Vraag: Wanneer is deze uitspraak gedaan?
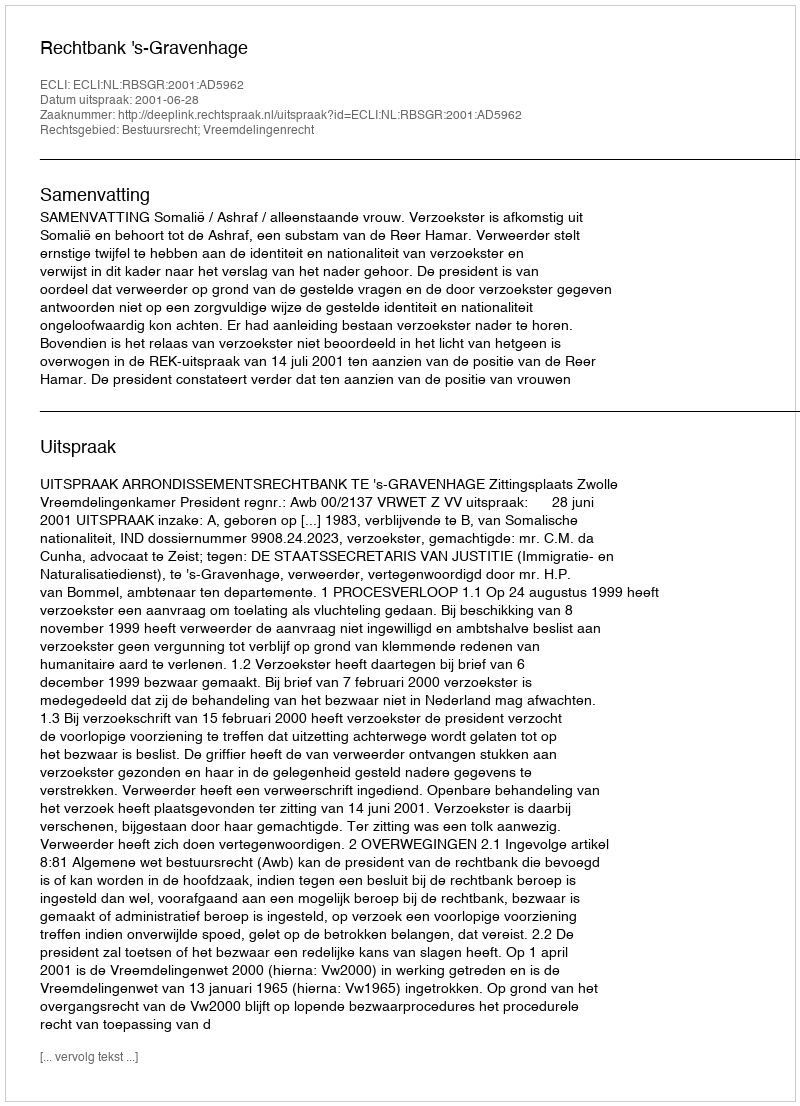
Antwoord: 2001-06-28